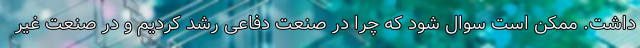
داشت. ممکن است سوال شود که چرا در صنعت دفاعی رشد کردیم و در صنعت غیر